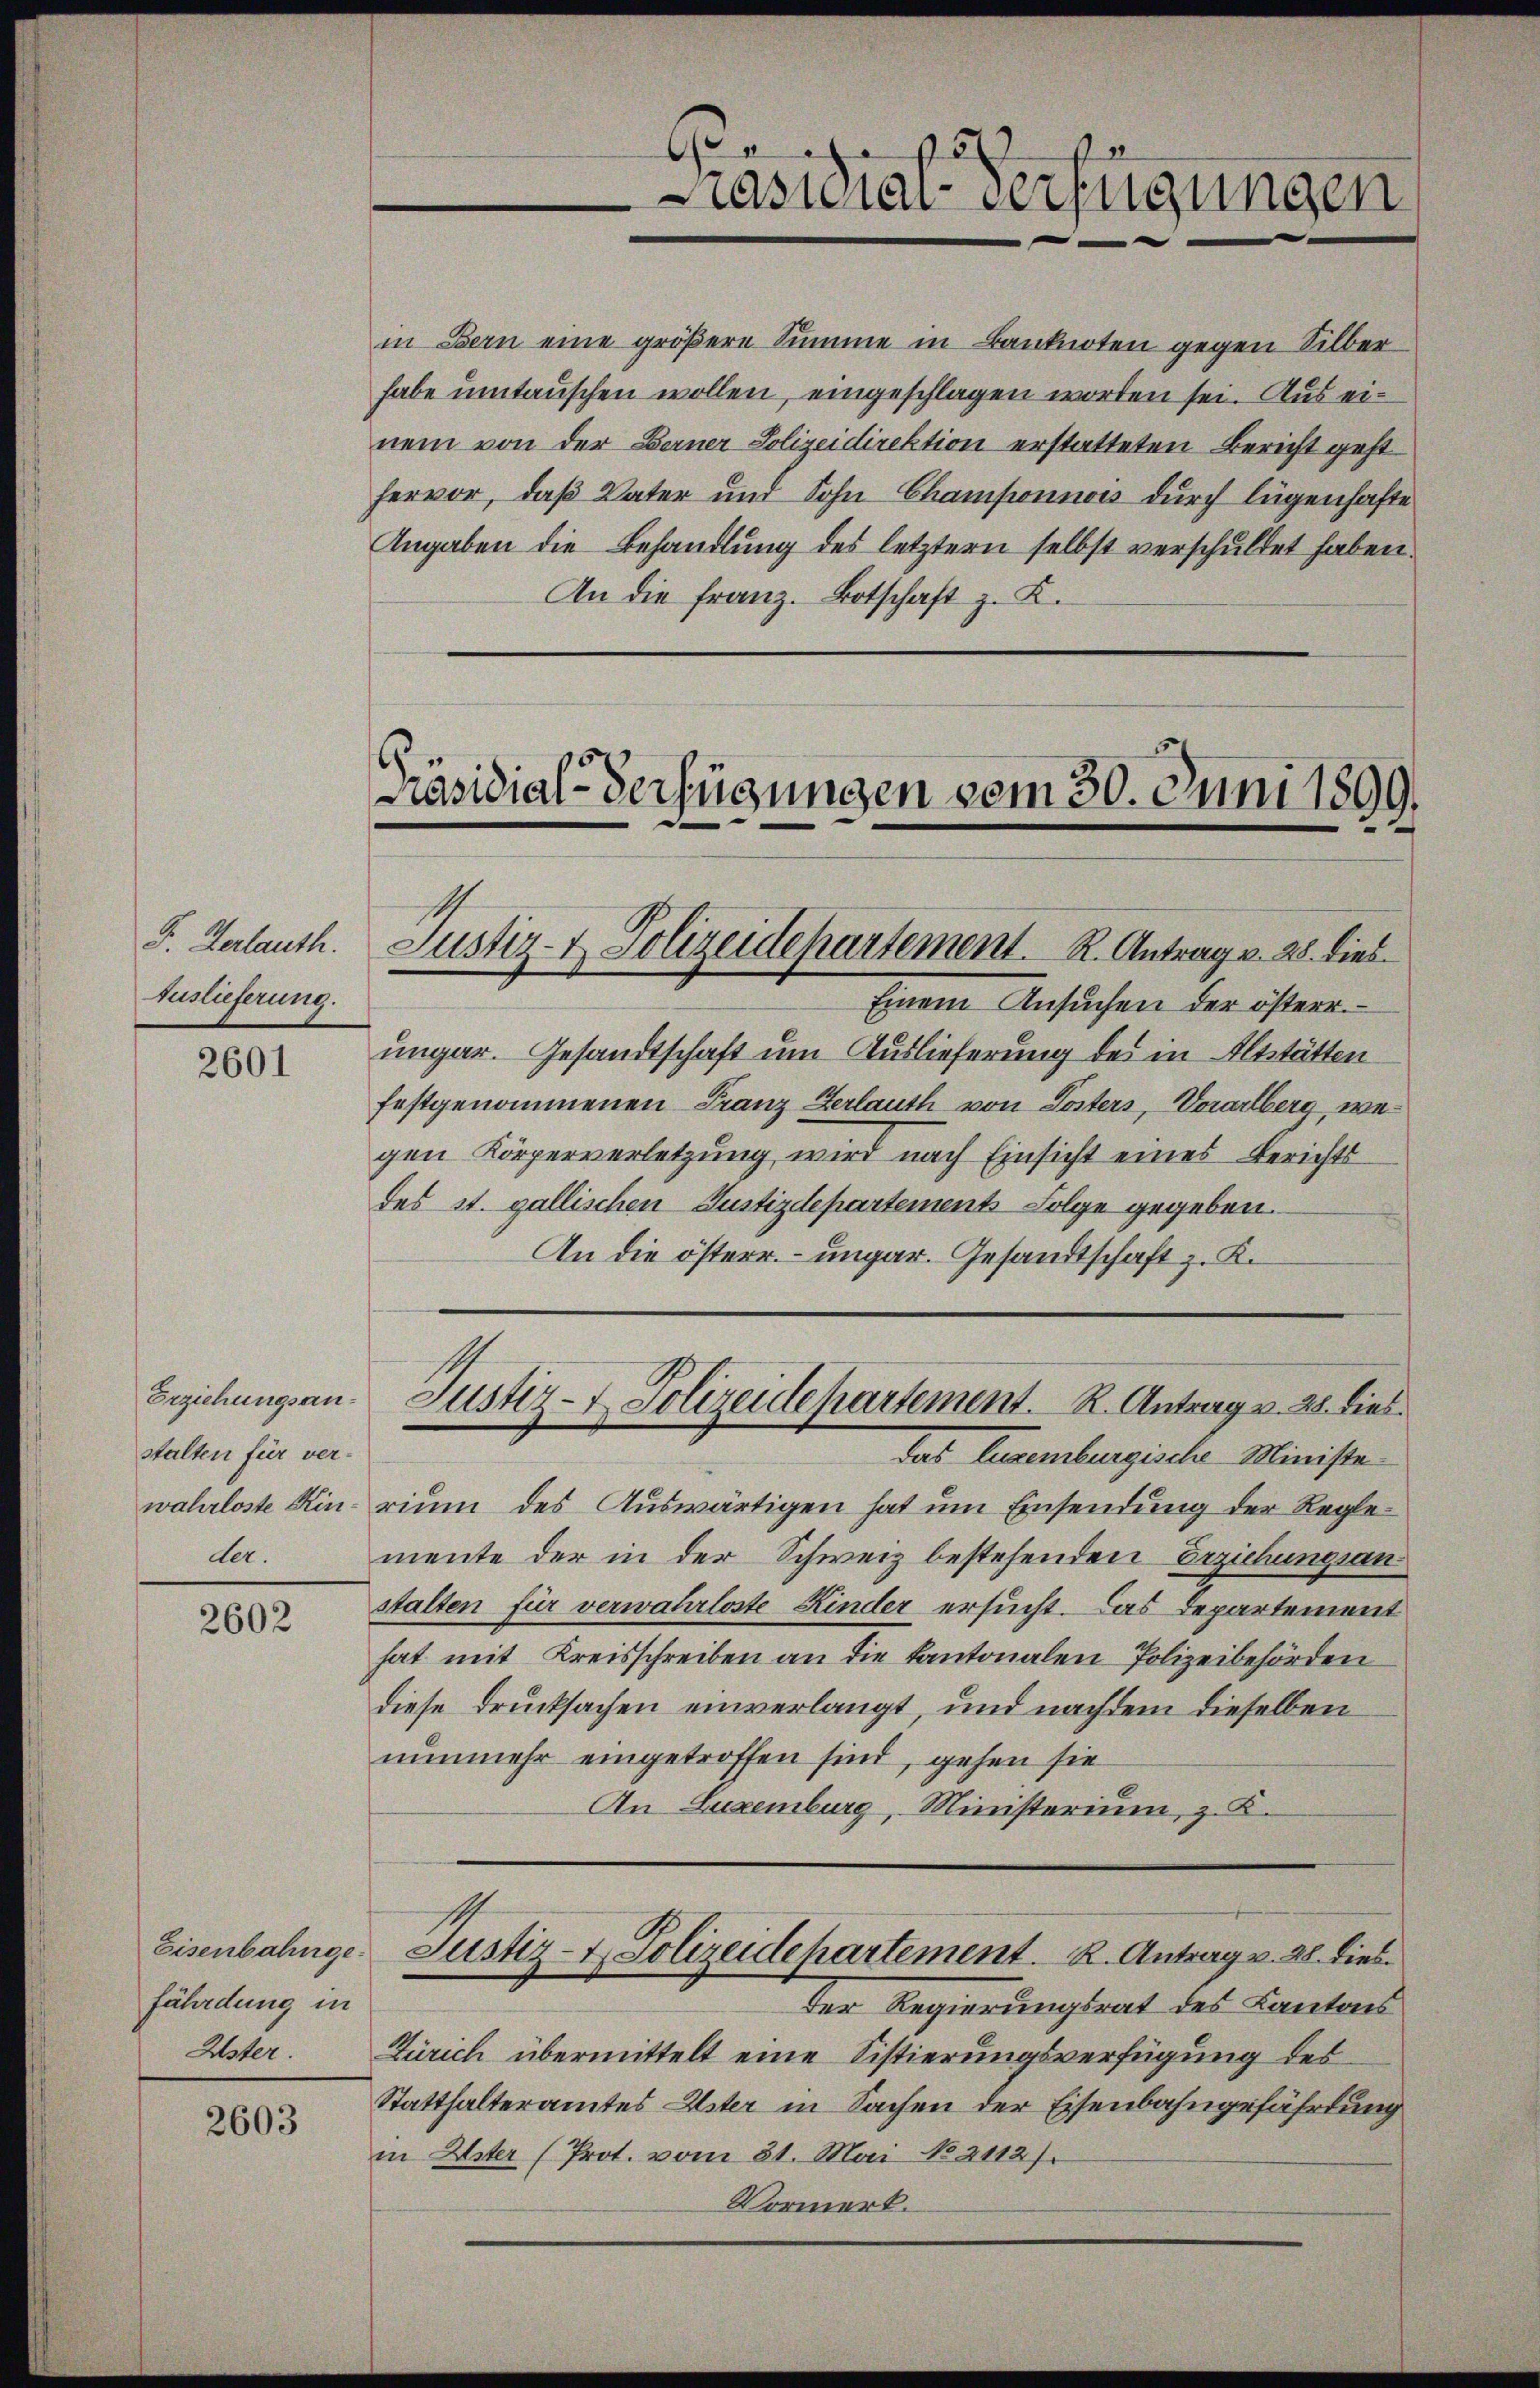
F. Verlauth.
Auslieferung.

2601

Erziehungsanstalten für verder.

2602

Eisenbahngefährdung in
Uster.

2603

in Bern eine größere Summe in Banknoten gegen Silber
habe umtauschen wollen, eingeschlagen worden sei. Aus einem von der Bauer Polizeidirektion erstatteten Bericht geht
hervor, daß Vater und Sohn Champonnois durch lügenhafte
Angaben die Behandlung des letztern selbst verschuldet haben.
An die Franz. Botschaft z. K.

Einem Ansuchen der östere
ungar. Gesandtschaft um Auslieferung des in Altstätten
festgenommenen Franz Verlauth von Posters, Vorarlberg, wegen Körperverletzung wird nach Einsicht eines Berichts
des st. gallischen Justizdepartements Folge gegeben.
An die österr. ungar. Gesandtschaft z. K.

wahrloste Kin-rium des Auswärtigen hat um Einsendung der Reglemente der in der Schweiz bestehenden Erziehungsan
stalten für verwahrloste Kinder ersucht. Das Departement
hat mit Kreisschreiben an die Kantonalen Polizeibehörden
diese Drucksachen einverlangt, und nachdem dieselben
nunmehr eingetroffen sind, gehen sie
An Luxenburg, Ministerium, z. B.

Präsidial-Verfügungen

Präsidial-Verfügungen vom 30. Juni 1899.
Justiz- & Polizeidepartement. R. Antrag v. 28. dies

Justiz- & Polizeidepartement. R. Antrag v. 21. dies
das Eurenburgische Ministe

Der Regierungsrat des Kantons
Zürich übermittelt eine Sistierungsverfügung des
Statthalteramtes Uster in Sachen der Eisenbahngefährtung
in Uster (Prot. vom 31. Mai No 2112).
Vormerk.

Justiz- & Polizeidepartement.   K. Antrag v. 28. dies¬